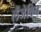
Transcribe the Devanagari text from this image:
लैंजेविन